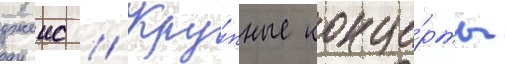
джеис // Кру́пные конце́рты